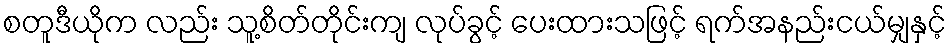
စတူဒီယိုက လည်း သူ့စိတ်တိုင်းကျ လုပ်ခွင့် ပေးထားသဖြင့် ရက်အနည်းငယ်မျှနှင့်